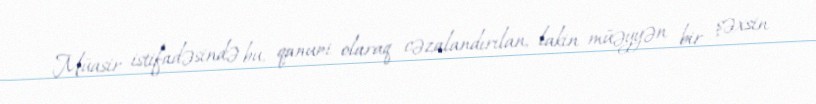
Müasir istifadəsində bu, qanuni olaraq cəzalandırılan, lakin müəyyən bir şəxsin